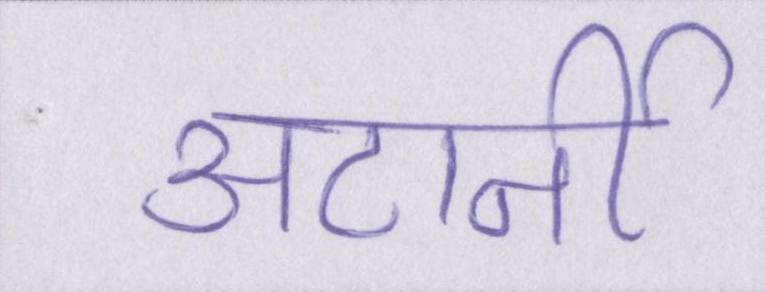
अटार्नी